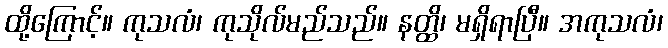
ထို့ကြောင့်။ ကုသလံ၊ ကုသိုလ်မည်သည်။ နတ္ထိ၊ မရှိရာပြီ။ အကုသလံ၊